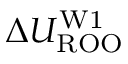
\Delta { U _ { \mathrm { R O O } } ^ { \mathrm { W 1 } } }